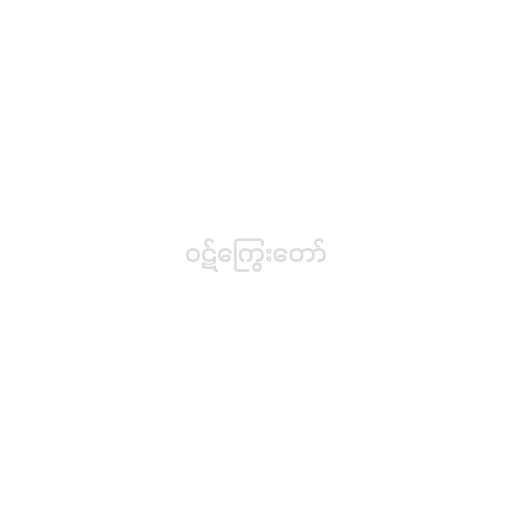
ဝဋ်ကြွေးတော်